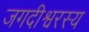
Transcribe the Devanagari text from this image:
जगदीश्वरस्य